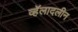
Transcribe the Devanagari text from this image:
व्हॅलादलीन